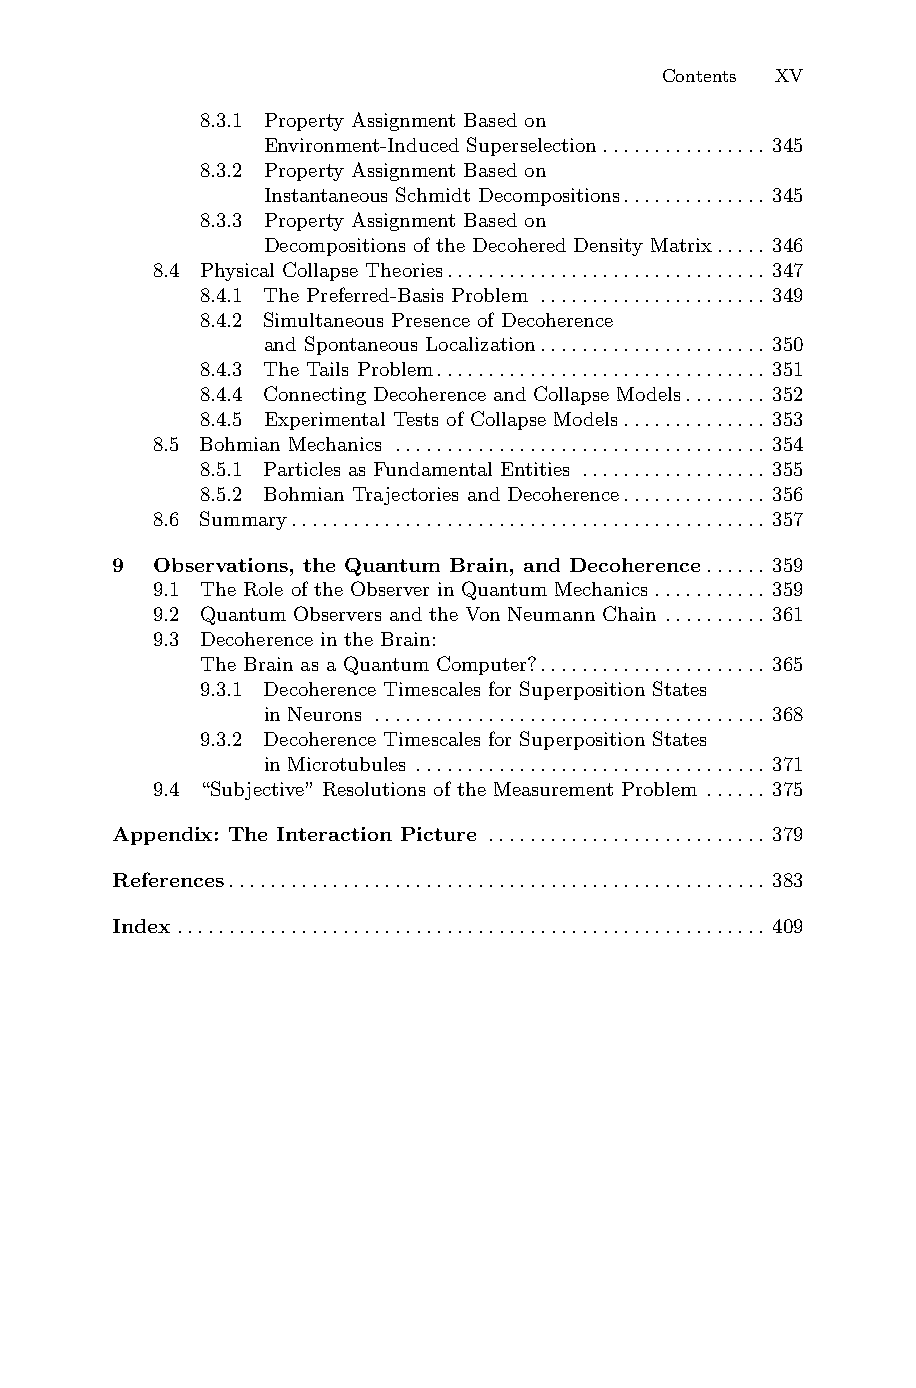
Contents XV
 8.3.1 Property Assignment Based on
 Environment-Induced Superselection................ 345
 8.3.2 Property Assignment Based on
 Instantaneous Schmidt Decompositions.............. 345
 8.3.3 Property Assignment Based on
 Decompositions of the Decohered Density Matrix..... 346
 8.4 Physical Collapse Theories............................... 347
 8.4.1 The Preferred-Basis Problem ...................... 349
 8.4.2 Simultaneous Presence of Decoherence
 and Spontaneous Localization...................... 350
 8.4.3 The Tails Problem................................ 351
 8.4.4 Connecting Decoherence and Collapse Models........ 352
 8.4.5 Experimental Tests of Collapse Models.............. 353
 8.5 Bohmian Mechanics .................................... 354
 8.5.1 Particles as Fundamental Entities .................. 355
 8.5.2 Bohmian Trajectories and Decoherence.............. 356
 8.6 Summary.............................................. 357
 9 Observations, the Quantum Brain, and Decoherence...... 359
 9.1 The Role of the Observer in Quantum Mechanics........... 359
 9.2 Quantum Observers and the Von Neumann Chain .......... 361
 9.3 Decoherence in the Brain:
 The Brain as a Quantum Computer?...................... 365
 9.3.1 Decoherence Timescales for Superposition States
 in Neurons ...................................... 368
 9.3.2 Decoherence Timescales for Superposition States
 in Microtubules .................................. 371
 9.4 “Subjective” Resolutions of the Measurement Problem ...... 375
 Appendix: The Interaction Picture ........................... 379
 References.................................................... 383
 Index......................................................... 409